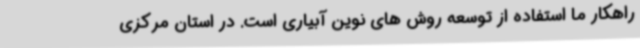
راهکار ما استفاده از توسعه روش های نوین آبیاری است. در استان مرکزی